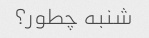
شنبه چطور؟